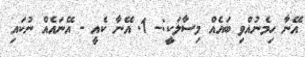
އޭނާ ހިމެނުއްވި ބައެއް މިސާލަކީ:- 1. އޭނާ ކެއީ - އޭނައެއް ނުކައި